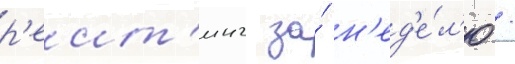
р'еит'инг за́ н'ед'е́л'ю /